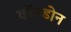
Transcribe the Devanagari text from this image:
कॉनडोन